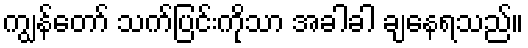
ကျွန်တော် သက်ပြင်းကိုသာ အခါခါ ချနေရသည်။